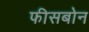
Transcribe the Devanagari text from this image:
फीसबोन